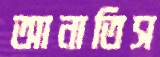
আনাতিস